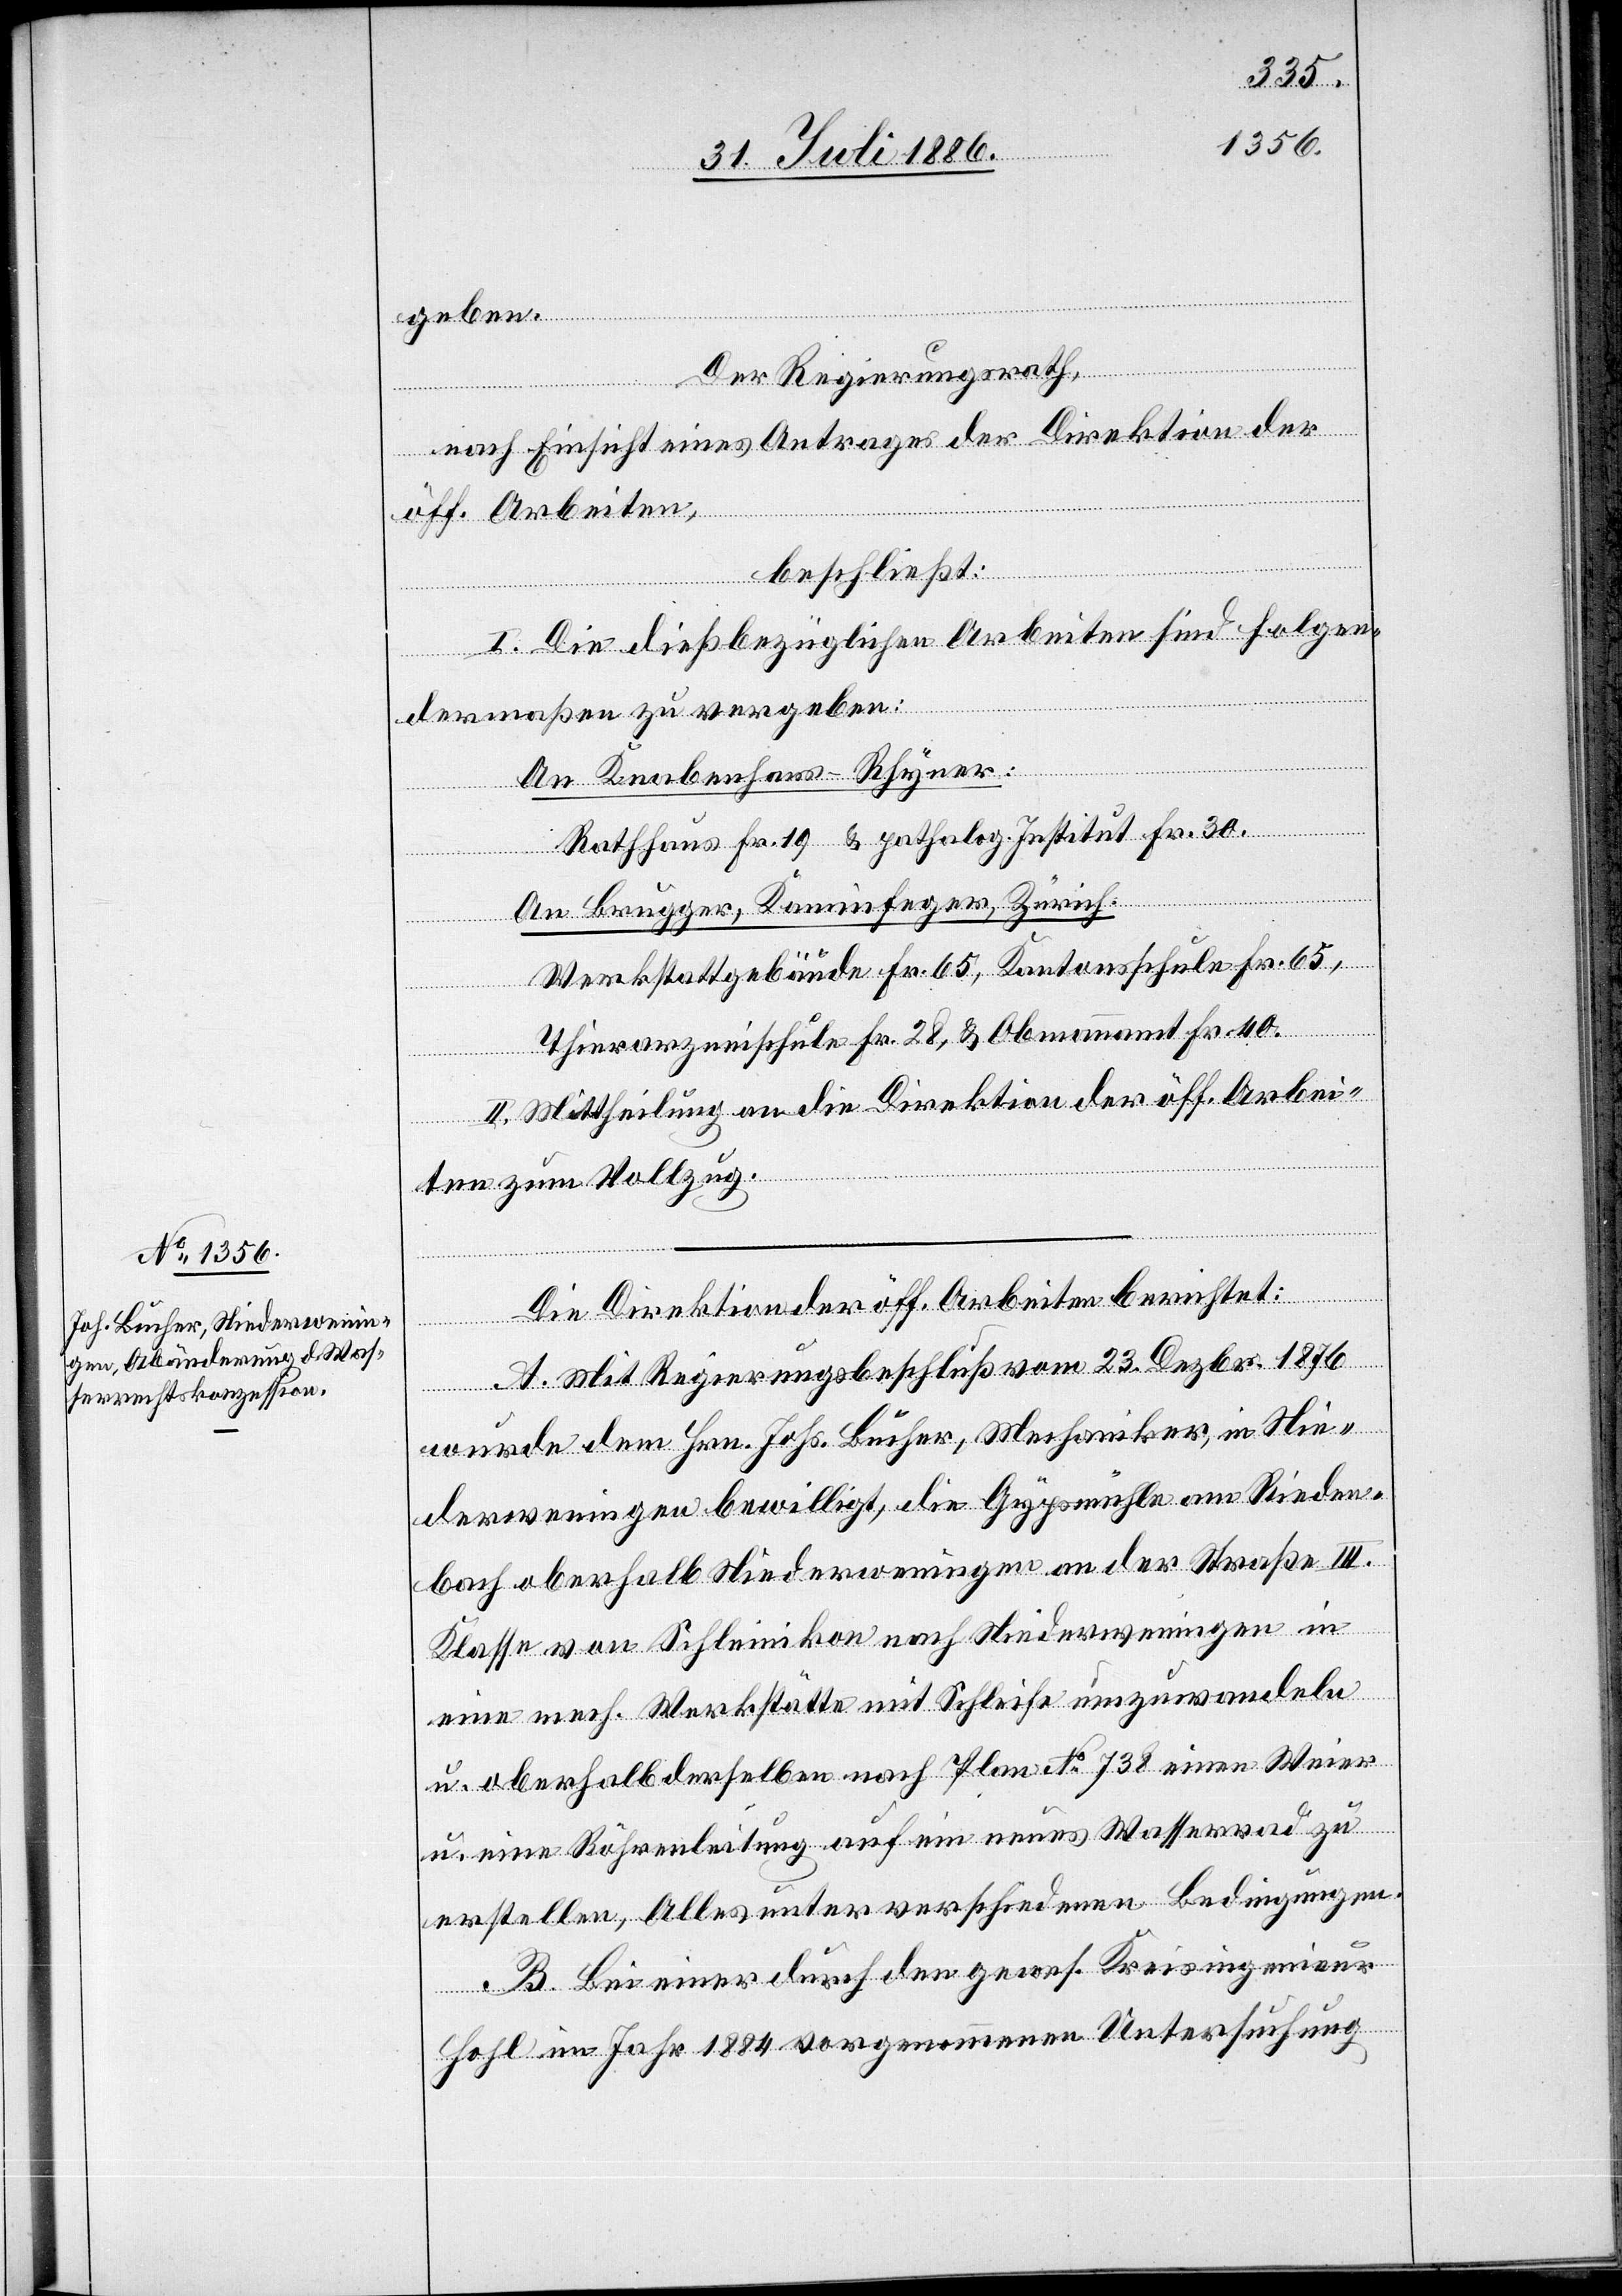
geben.
Der Regierungsrath,
nach Einsicht eines Antrages der Direktion der
öff. Arbeiten,
beschließt:
I. Die dießbezüglichen Arbeiten sind folgen¬
dermaßen zu vergeben:
An Knabenhans-Rhyner:
Rathhaus Fr. 19 & patholog. Institut Fr. 30.
An Brugger, Kaminfeger, Zürich.
Werkstattgebäude Fr. 65, Kantonsschule Fr. 65,
Thierarzneischule Fr. 28, & Obmannamt Fr. 40.
II. Mittheilung an die Direktion der öff. Arbei¬
ten zum Vollzug.
Die Direktion der öff. Arbeiten berichtet:
A. Mit Regierungsbeschluß vom 23. Dezbr. 1876
wurde dem Hrn. Johs. Bucher, Mechaniker, in Nie¬
derweningen bewilligt, die Gypsmühle am Rieden¬
bach oberhalb Niederweningen an der Straße III.
Klasse von Schleinikon nach Niederweningen in
eine mech. Werkstätte mit Schleife umzuwandeln
u. oberhalb derselben nach Plan No 738 einen Weier
u. eine Röhrenleitung auf ein neues Wasserrad zu
erstellen, Alles unter verschiedenen Bedingungen.
B. Bei einer durch den gewes. Kreisingenieur
Hohl im Jahr 1884 vorgenommenen Untersuchung